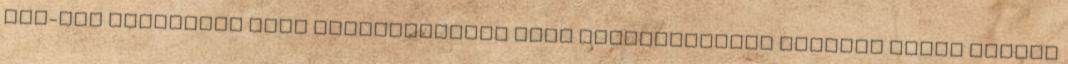
egy-egy részletet vagy gondolatmenet főbb csomópontjait kiemelő rövid expozé